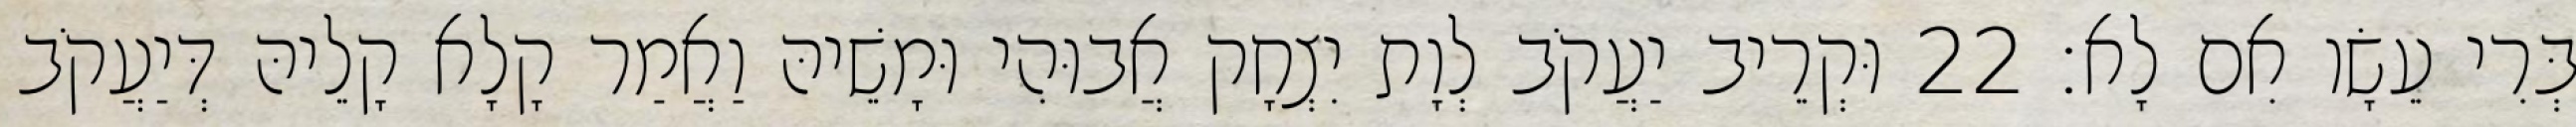
בְּרִי עֵשָׂו אִם לָא׃ 22 וּקְרֵיב יַעֲקֹב לְוָת יִצְחָק אֲבוּהִי וּמָשֵׁיהּ וַאֲמַר קָלָא קָלֵיהּ דְּיַעֲקֹב